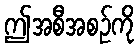
ဤအစီအစဉ်ကို